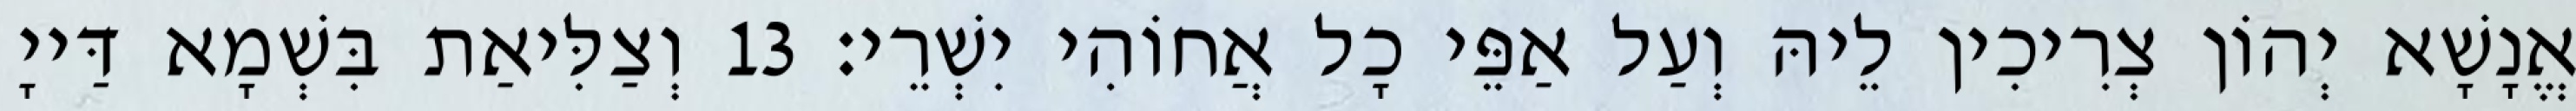
אֱנָשָׁא יְהוֹן צְרִיכִין לֵיהּ וְעַל אַפֵּי כָל אֲחוֹהִי יִשְׁרֵי׃ 13 וְצַלִּיאַת בִּשְׁמָא דַּייָ